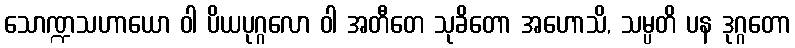
သောဏ္ဍသဟာယော ဝါ ပိယပုဂ္ဂလော ဝါ အတီတေ သုခိတော အဟောသိ, သမ္ပတိ ပန ဒုဂ္ဂတော